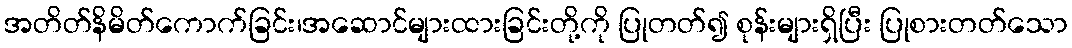
အတိတ်နိမိတ်ကောက်ခြင်း၊အဆောင်များထားခြင်းတို့ကို ပြုတတ်၍ စုန်းများရှိပြီး ပြုစားတတ်သော